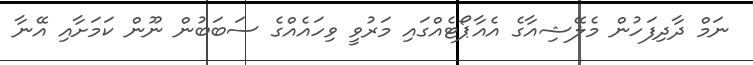
ނަމް ދާދިފަހުން މެލޭޝިއާގެ އެއާޕޯޓެއްގައި މަރުވީ ވިހައެއްގެ ސަބަބުން ނޫން ކަމަށާއި އޭނާ